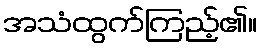
အသံထွက်ကြည့်၏။